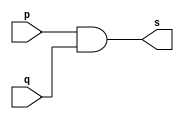
// --------------------------
// Exemplo0003 - AND
// Nome: Isabel Bicalho Amaro
// --------------------------
 
 
// --------------------------
// -- and gate
// --------------------------
module andgate(output s,input p,input q);
 assign s = p & q;
endmodule // andgate


// --------------------------
// -- test and gate
// --------------------------
module testandgate;

// -------------------------- dados locais
 reg  a,b; // definir registradores
 wire s;   // definir conexao(fio)
 
// -------------------------- instancia
 andgate AND1(s,a,b);
 
// -------------------------- preparacao
 initial begin:start
              // atribuicao simultanea
				  // dos valores iniciais
 a=0; b=0;
 end
 
 
// -------------------------- parte principal
initial begin
      $display("Exemplo0003 - Isabel Bicalho Amaro");
		$display("Test AND gate");
		$display("\na & b = s\n");
		 a=0; b=0;
#1    $display("%b & %b = %b",a,b,s);
       a=0; b=1;
#1    $display("%b & %b = %b",a,b,s);
       a=1; b=0;
#1    $display("%b & %b = %b",a,b,s);
       a=1; b=1;
#1    $display("%b & %b = %b",a,b,s);
 end
 
 endmodule // testandgate
 
 // -------------------
 // -- Testes
 // -------------------
 
// --  Exemplo0001 - Isabel Bicalho Amaro - 451580
// --  Test buffer:
// --  	    time	      a = s
// --                0	x = x
// --                1	1 = 1
// --                3	0 = 0


// --  Exemplo0002 - Isabel Bicalho Amaro - 451580
// --  Test NOT gate
// --      
// --  ~a = s
// --     
// --  ~0 = 1
// --  ~1 = 0



// --  Exemplo0003 - Isabel Bicalho Amaro
// --  Test AND gate
    
// --  a & b = s
    
// --  0 & 0 = 0
// --  0 & 1 = 0
// --  1 & 0 = 0
// --  1 & 1 = 1